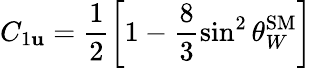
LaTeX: C_{1\mathbf{u}}=\frac{{1}}{{2}}\left[1-\frac{{8}}{{3}}\sin^{2}\theta_{W}^{\mathrm{{SM}}}\right]